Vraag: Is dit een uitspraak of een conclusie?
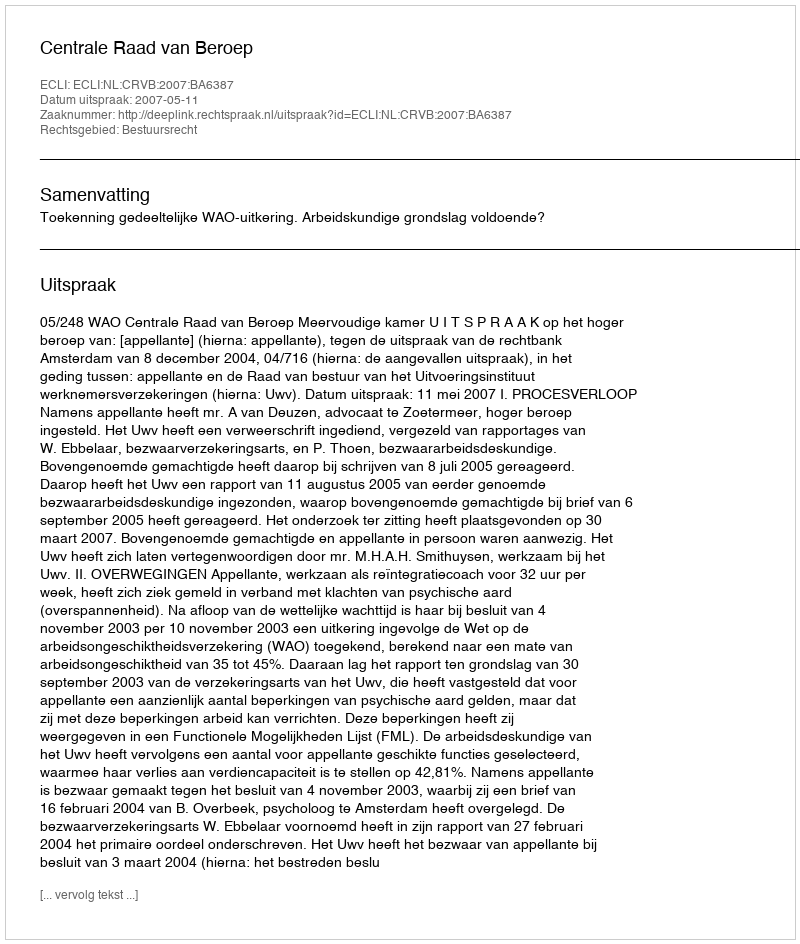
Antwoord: Uitspraak